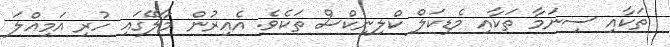
ތަކާއި ސިނަމާ ތަކާއި މެޑިކަލް ކްލިނިކްސް ތަކެވެ. އެއިރުން މާލޭގައި ހުރި އަމިއްލަ